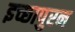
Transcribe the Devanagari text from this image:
इच्छापुरन